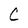
Character: C